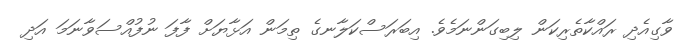
ވާގިއެދި ރައްކާތެރިކަން ލިބިގަންނަމެވެ. އިބަރަސްކަލާނގެ ތިމަން އަޅާޔަށް ފާފަ ނުފުއްސަވާނަމަ އަދި